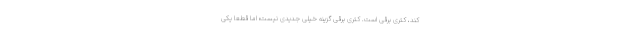
کند، کتری برقی است. کتری برقی گزینه خیلی جدیدی نیست؛ اما قطعا یکی